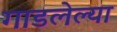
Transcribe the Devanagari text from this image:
गाडलेल्या